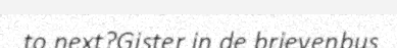
to next?Gister in de brievenbus